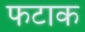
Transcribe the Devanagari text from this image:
फटाक